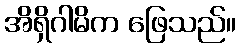
အိရှိဂါမိက ဖြေသည်။